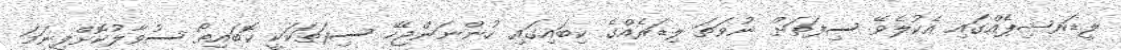
ލީޑަރޝިޕެއްގައި އެކުލެވޭ ސިފަތަށް ނުވަތަ ލިޑަރެއްގެ ކިބައިގައި ހުންނަންޖެހޭ ސިފަތަކަކީ ކޮބައިތޯ ސުވާލުކޮށްފިނަމަ